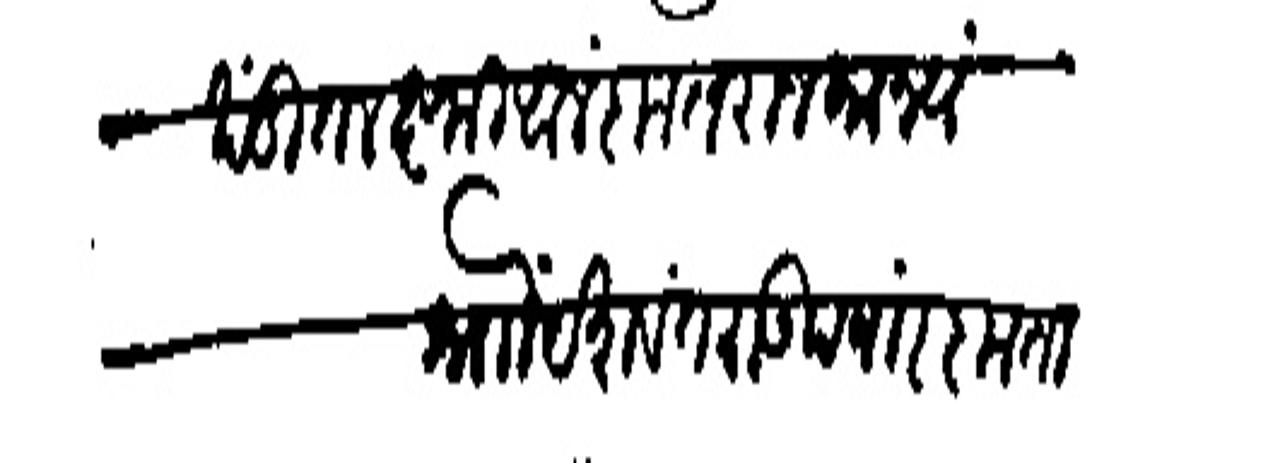
Transliteration (Devanagari): अखंडित लक्ष्मी आलंकृत राजमान्य श्र्नोा यशवंतराऊ परवार कृतानेक